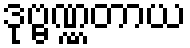
ဒုဗ္ဗဏ္ဏတာယ